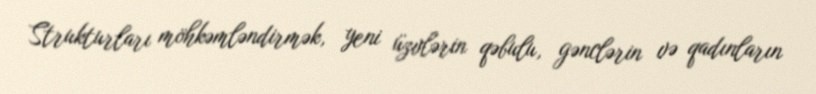
Strukturları möhkəmləndirmək, yeni üzvlərin qəbulu, gənclərin və qadınların